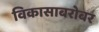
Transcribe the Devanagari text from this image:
विकासाबरोबर